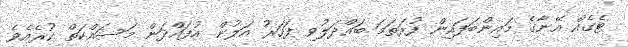
ޓެގެއް އޭނާގެ މައިންބަފައިން ފުރަތަމަ ބައްދަލުވި ފަހަރު އަލުން އުފައްދަން މަސައްކަތް ކުރެއެވެ